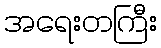
အရေးတကြီး